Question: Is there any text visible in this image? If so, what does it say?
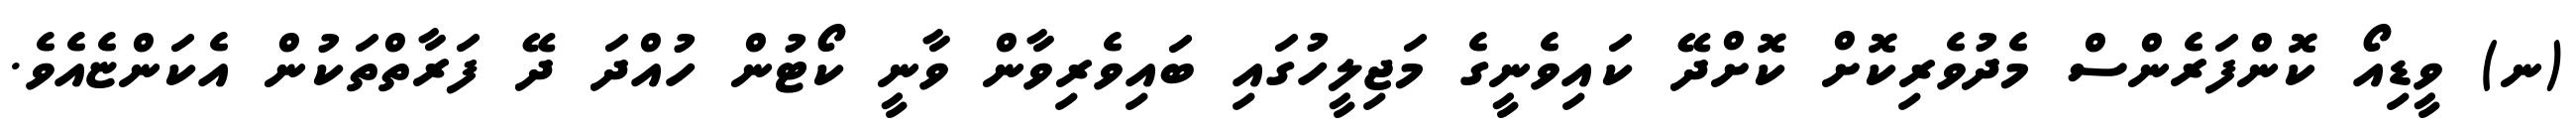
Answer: (ނ) ވީޑިއޯ ކޮންފަރެންސް މެދުވެރިކޮށް ކޮށްދޭ ކައިވެނީގެ މަޖިލީހުގައި ބައިވެރިވާން ވާނީ ކޯޓުން ހުއްދަ ދޭ ފަރާތްތަކުން އެކަންޏެއެވެ.